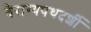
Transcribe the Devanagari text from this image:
वैराग्यपथदर्शी